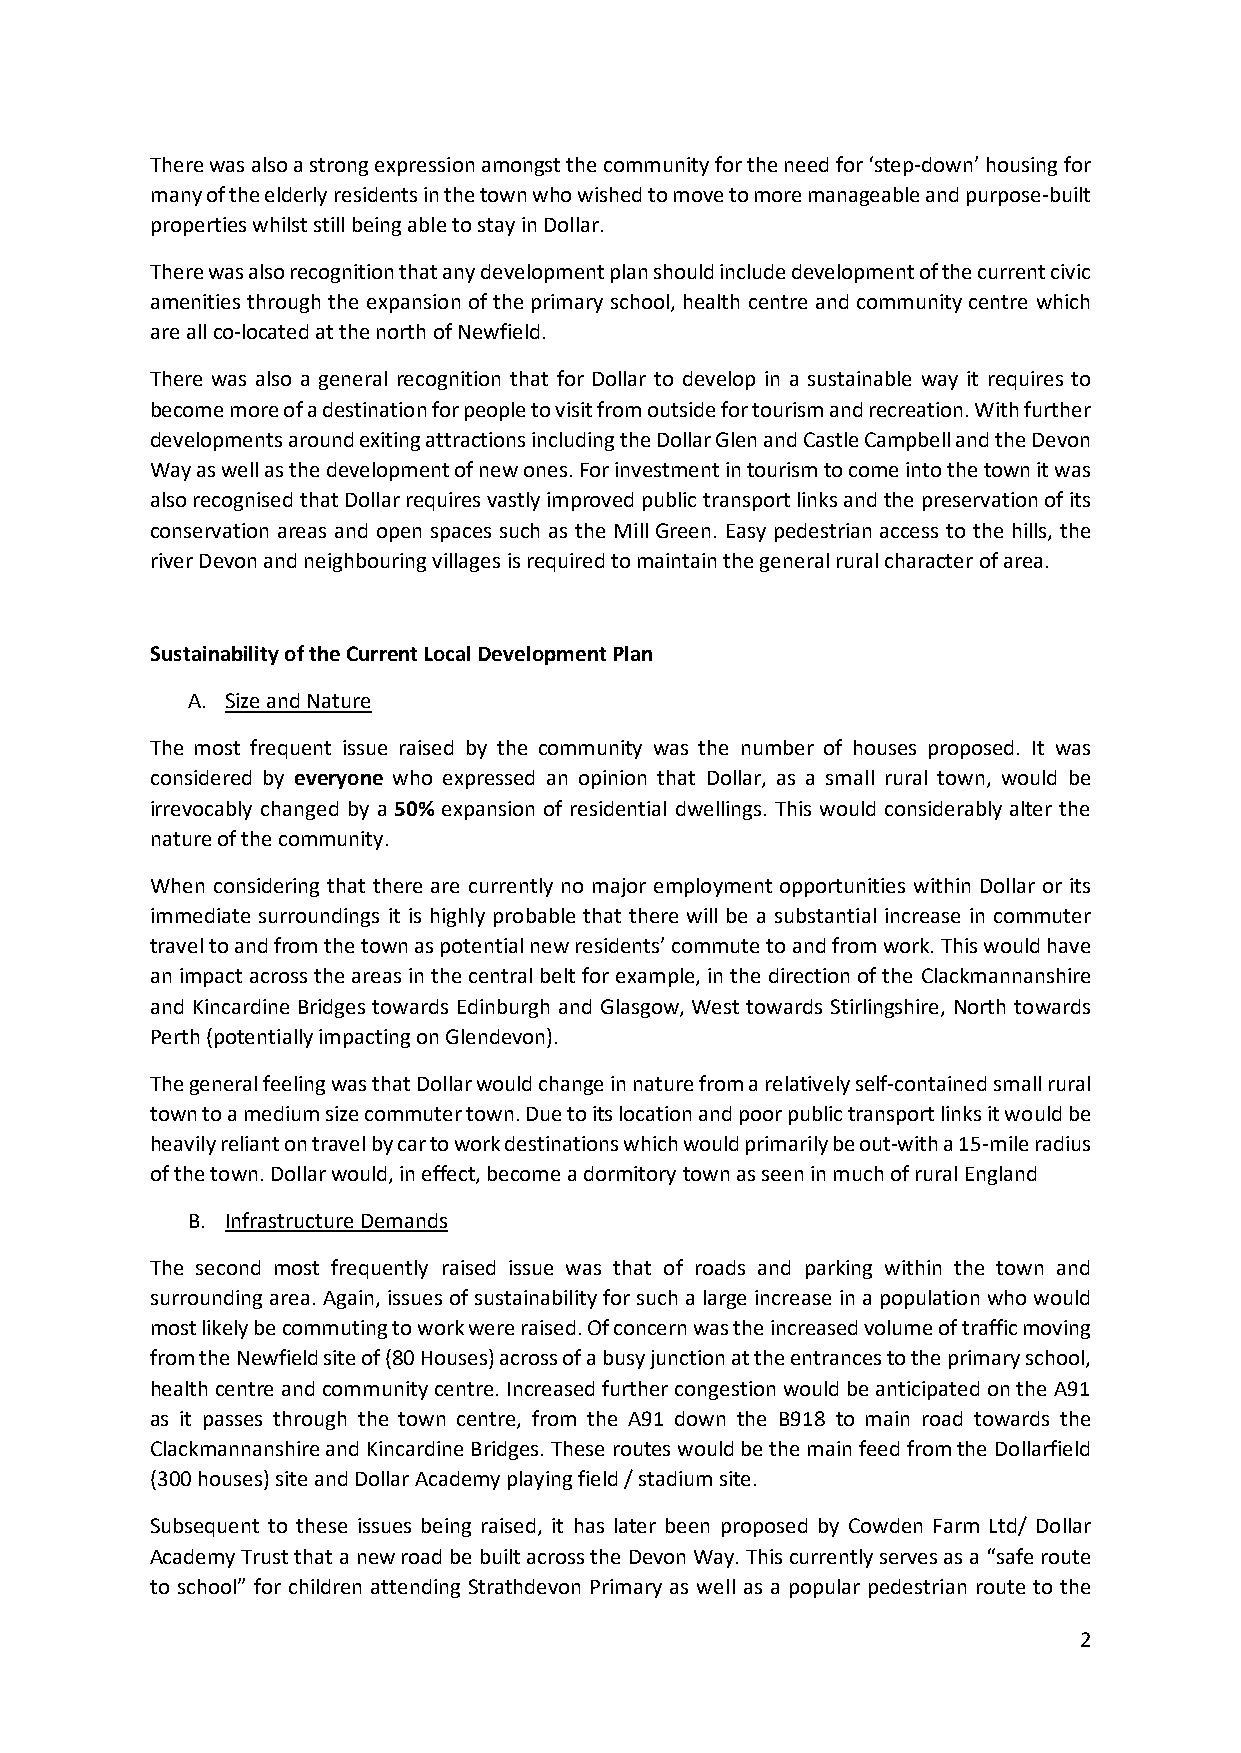
There was also a strong expression amongst the community for the need for ‘step-down’ housing for
 many of the elderly residents in the town who wished to move to more manageable and purpose-built
 properties whilst still being able to stay in Dollar.
 There was also recognition that any development plan should include development of the current civic
 amenities through the expansion of the primary school, health centre and community centre which
 are all co-located at the north of Newfield.
 There was also a general recognition that for Dollar to develop in a sustainable way it requires to
 become more of a destination for people to visit from outside for tourism and recreation. With further
 developments around exiting attractions including the Dollar Glen and Castle Campbell and the Devon
 Way as well as the development of new ones. For investment in tourism to come into the town it was
 also recognised that Dollar requires vastly improved public transport links and the preservation of its
 conservation areas and open spaces such as the Mill Green. Easy pedestrian access to the hills, the
 river Devon and neighbouring villages is required to maintain the general rural character of area.
 Sustainability of the Current Local Development Plan
 A. Size and Nature
 The most frequent issue raised by the community was the number of houses proposed. It was
 considered by everyone who expressed an opinion that Dollar, as a small rural town, would be
 irrevocably changed by a 50% expansion of residential dwellings. This would considerably alter the
 nature of the community.
 When considering that there are currently no major employment opportunities within Dollar or its
 immediate surroundings it is highly probable that there will be a substantial increase in commuter
 travel to and from the town as potential new residents’ commute to and from work. This would have
 an impact across the areas in the central belt for example, in the direction of the Clackmannanshire
 and Kincardine Bridges towards Edinburgh and Glasgow, West towards Stirlingshire, North towards
 Perth (potentially impacting on Glendevon).
 The general feeling was that Dollar would change in nature from a relatively self-contained small rural
 town to a medium size commuter town. Due to its location and poor public transport links it would be
 heavily reliant on travel by car to work destinations which would primarily be out-with a 15-mile radius
 of the town. Dollar would, in effect, become a dormitory town as seen in much of rural England
 B. Infrastructure Demands
 The second most frequently raised issue was that of roads and parking within the town and
 surrounding area. Again, issues of sustainability for such a large increase in a population who would
 most likely be commuting to work were raised. Of concern was the increased volume of traffic moving
 from the Newfield site of (80 Houses) across of a busy junction at the entrances to the primary school,
 health centre and community centre. Increased further congestion would be anticipated on the A91
 as it passes through the town centre, from the A91 down the B918 to main road towards the
 Clackmannanshire and Kincardine Bridges. These routes would be the main feed from the Dollarfield
 (300 houses) site and Dollar Academy playing field / stadium site.
 Subsequent to these issues being raised, it has later been proposed by Cowden Farm Ltd/ Dollar
 Academy Trust that a new road be built across the Devon Way. This currently serves as a “safe route
 to school” for children attending Strathdevon Primary as well as a popular pedestrian route to the
 2